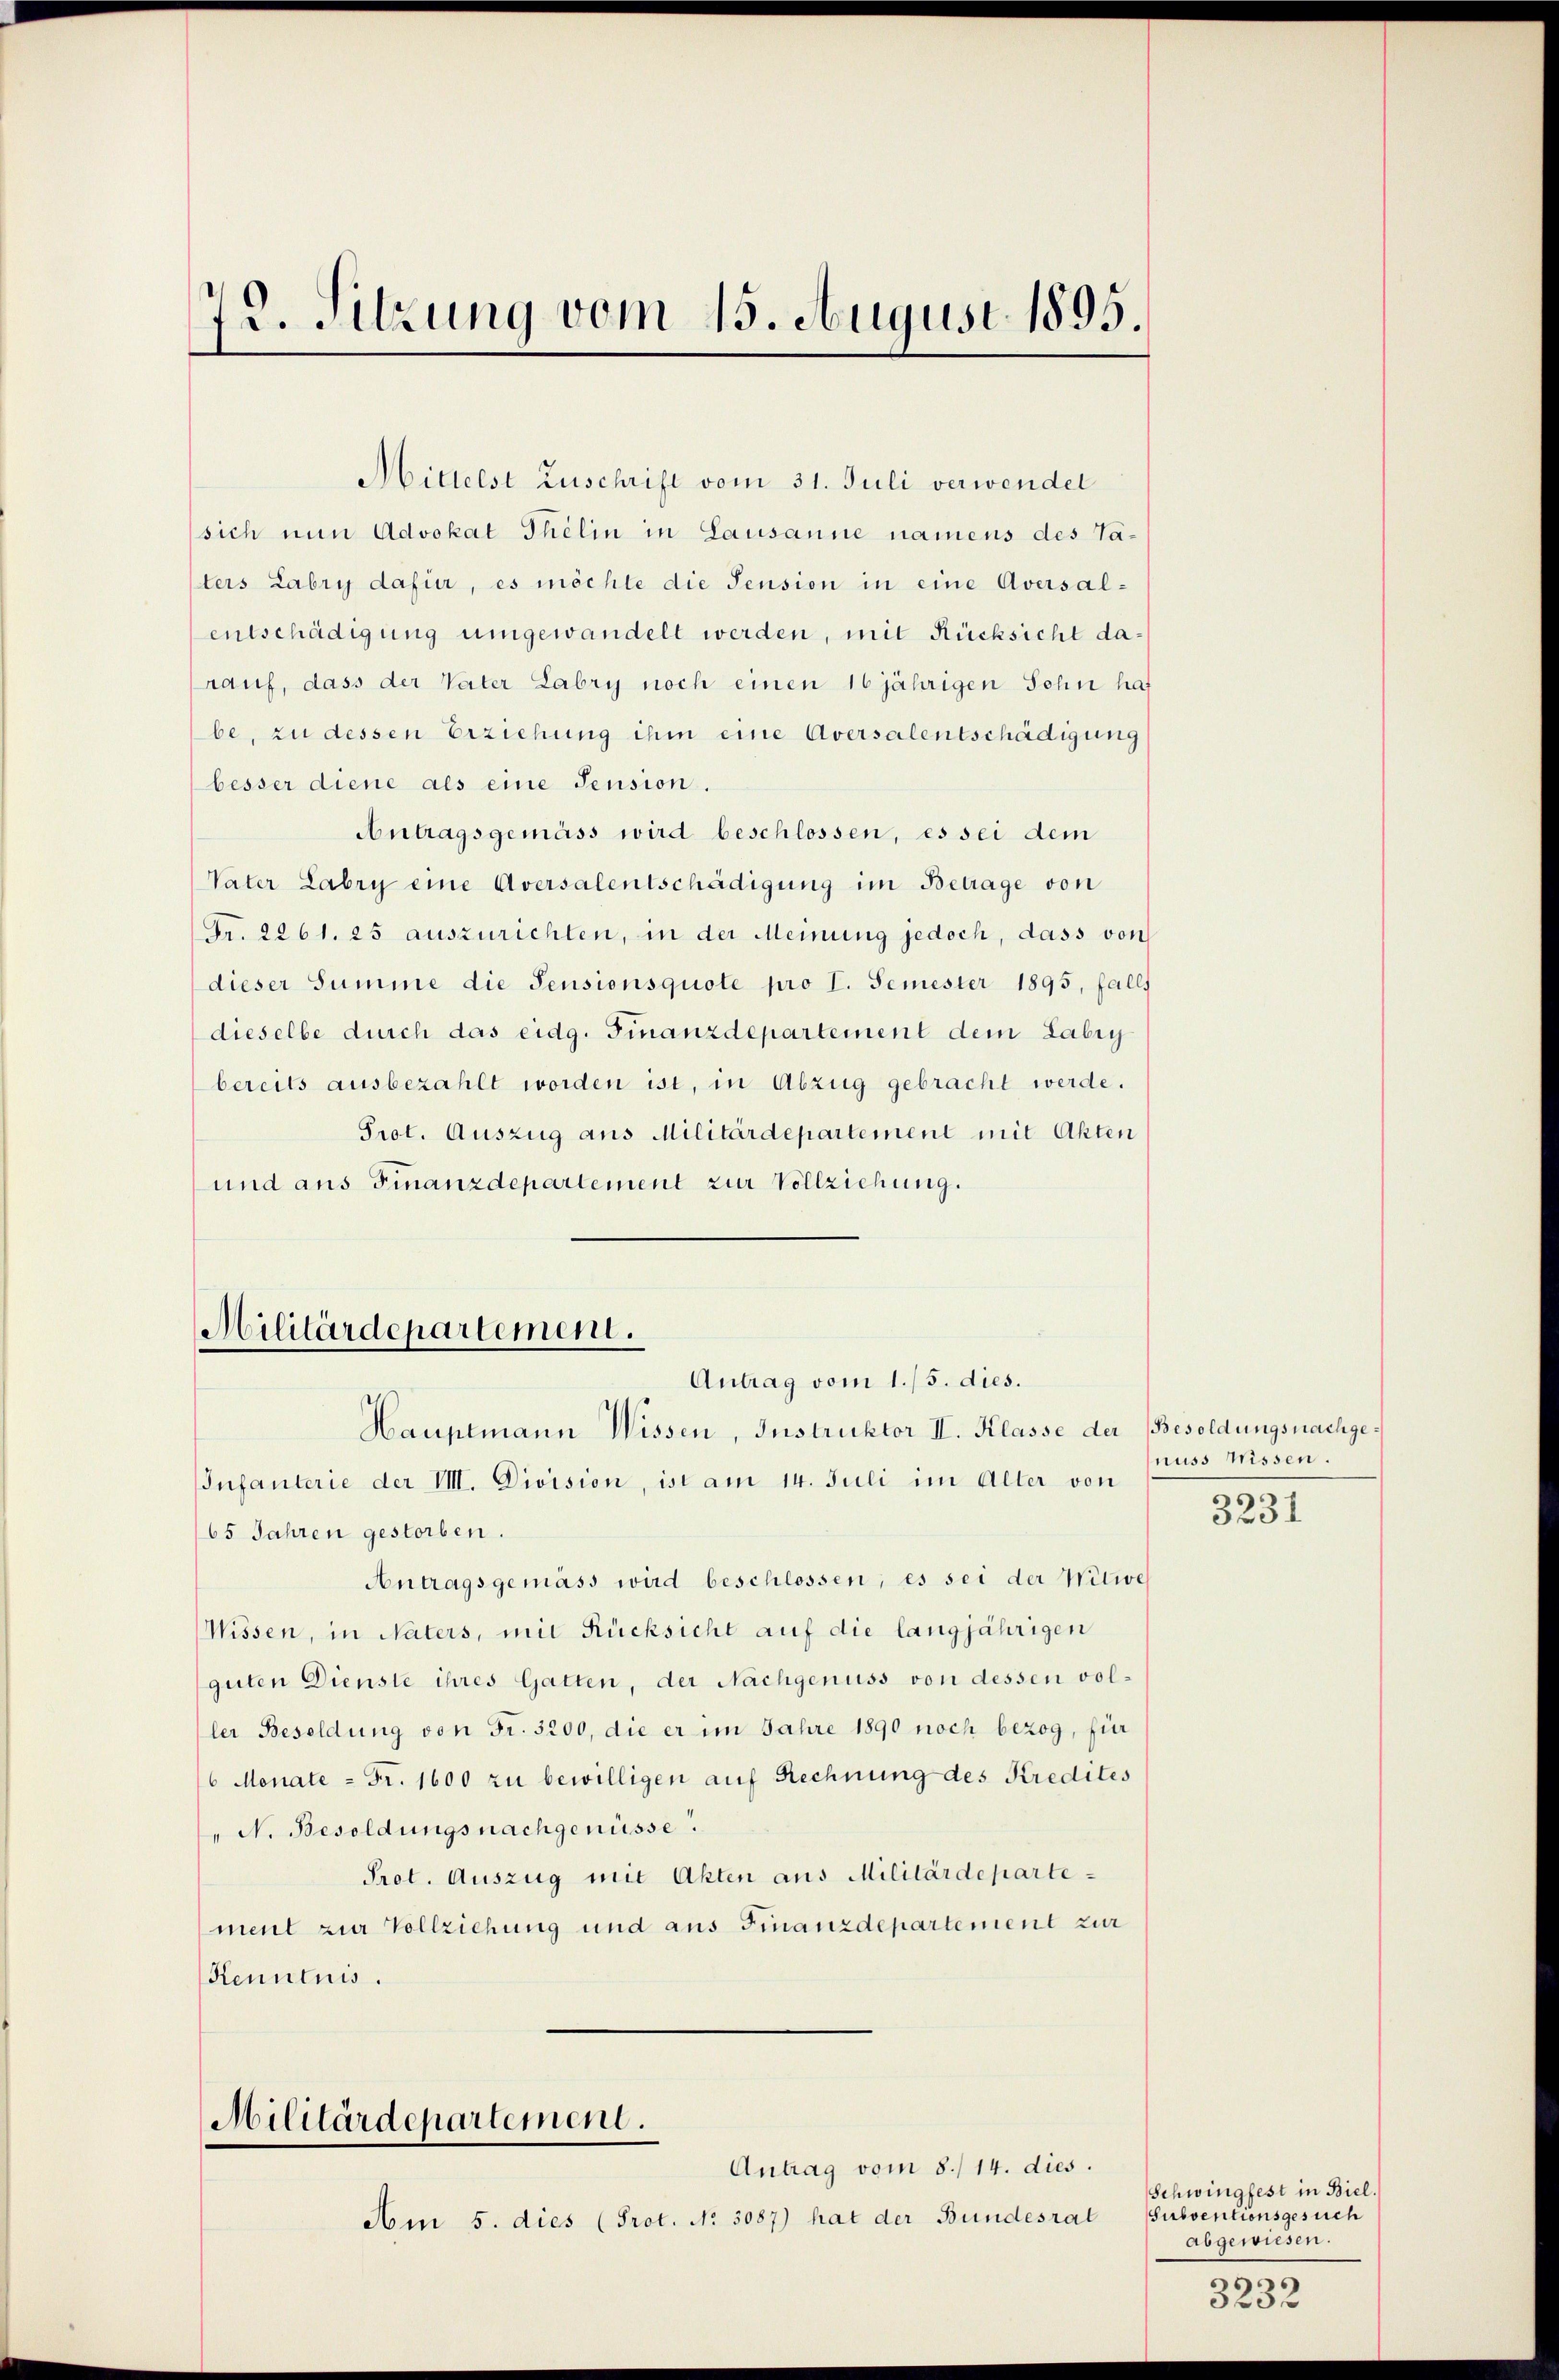
3. Sitzung vom 15. August 1895.

Mittelst Zuschrift vom 31. Juli verwendet
sich nun Advokat Thelin in Lausanne namens des Taters Labry dafür, es möchte die Pension in eine Aversal-
entschädigung umgewandelt werden, mit Rücksicht darauf, dass der Vater Labry noch einen 16 jährigen Sohn haf
be, zu dessen Erziehung ihm eine Aversalentschädigung
besser diene als eine Pension.
Antragsgemäss wird beschlossen, es sei dem
Vater Labry eine Aversalentschädigung im Betrage von
Fr. 2261. 25 auszurichten, in der Meinung jedoch, dass von
dieser Summe die Pensionsquote pro I. Semester 1895, falls
dieselbe durch das eidg. Finanzdepartement dem Labry
bereits ausbezahlt worden ist, in Abzug gebracht werde.
Prot. Auszug aus Militärdepartement mit Akten
und aus Finanzdepartement zur Vollziehung.

Militärdepartement.
Antrag vom 1./5. dies.
Hauptmann Wissen, Instruktor II. Klasse der Besoldungsnachge¬

Infanterie der VIII. Division, ist am 14. Juli im Alter von
65 Jahren gestorben.
Antragsgemäss wird beschlossen, es sei der Witwe
Wissen, in Naters, mit Rücksicht auf die langjährigen
guten Dienste ihres Gatten, der Nachgenuss von dessen voller Besoldung von Fr. 3200, die er im Jahre 1890 noch bezog, für
6 Monate = Fr. 1600 zu bewilligen auf Rechnung des Kredites
" N. Besoldungsnachgenüsse.
Prot. Auszug mit Akten aus Militärdepartement zur Vollziehung und aus Finanzdepartement zur
Kenntnis.

Militärdepartement.
Antrag vom 8./14. dies.

Am 5. dies (Prot. No 3087) hat der Bundesrat

nuss Wissen.
s
3231

Schwingfest in Biel.
Subventionsgesuch
abgewiesen.

3232